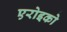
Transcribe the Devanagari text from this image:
एरोइको